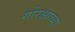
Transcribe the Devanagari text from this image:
गोरक्षाच्या